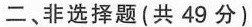
二、非选择题(共49分)